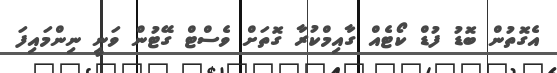
އެގޮތުން ބޮޑު ފުޑް ކޯޓެއް ގާއިމްކުރާ ގޮތަށް ވެސްޓް ގޭޓުން ވަނީ ނިންމައިފަ